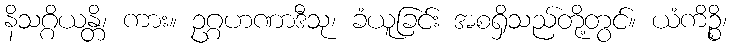
နိသဂ္ဂိယန္တိ၊ ကား။ ဥဂ္ဂဟဏာဒီသု၊ ခံယူခြင်း အစရှိသည်တို့တွင်။ ယံကိဉ္စိ၊